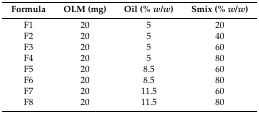
| Formula | OLM (mg) | Oil (% w/w) | Smix (% w/w) |
 | --- | --- | --- | --- |
 | F1 | 20 | 5 | 20 |
 | F2 | 20 | 5 | 40 |
 | F3 | 20 | 5 | 60 |
 | F4 | 20 | 5 | 80 |
 | F5 | 20 | 8.5 | 60 |
 | F6 | 20 | 8.5 | 80 |
 | F7 | 20 | 11.5 | 60 |
 | F8 | 20 | 11.5 | 80 |